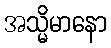
အသ္မိမာနော